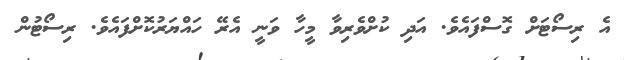
އެ ރިސޯޓަށް ގޮސްފައެވެ. އަދި ކުށްވެރިވާ މީހާ ވަނީ އެރޭ ހައްޔަރުކޮށްފައެވެ. ރިސޯޓުން